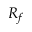
R _ { f }